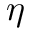
\eta